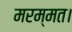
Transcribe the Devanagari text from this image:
मरम्मत।